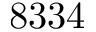
8 3 3 4